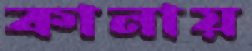
কানায়